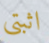
اثبتي